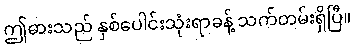
ဤဓားသည် နှစ်ပေါင်းသုံးရာခန့် သက်တမ်းရှိပြီ။